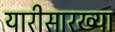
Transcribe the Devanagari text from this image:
यारीसारख्या